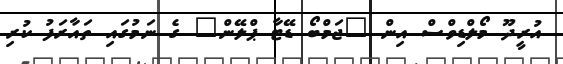
އުރީދޫ މޯލްޑިވްސް އިން "ޖަމްބޯ ޑޭޓާ ޕްލޭން" ގެ ނަމުގައި ތައާރަފު ކުރި